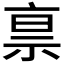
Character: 𰧿